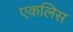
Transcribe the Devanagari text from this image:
एकलिस